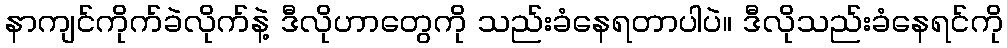
နာကျင်ကိုက်ခဲလိုက်နဲ့ ဒီလိုဟာတွေကို သည်းခံနေရတာပါပဲ။ ဒီလိုသည်းခံနေရင်ကို